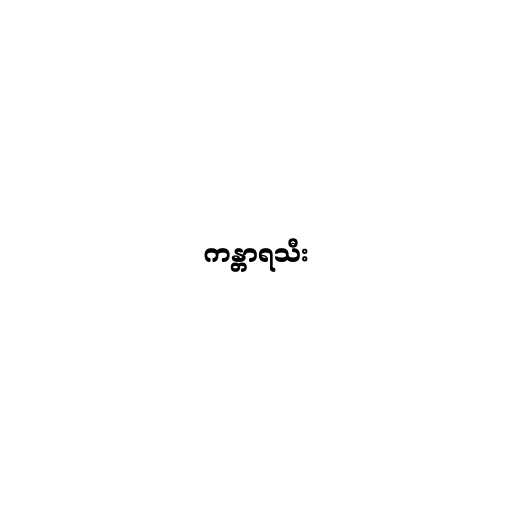
ကန္တာရသီး